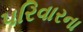
પરિવારના